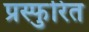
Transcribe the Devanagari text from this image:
प्रस्फुरित